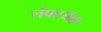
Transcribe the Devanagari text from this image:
लेफ्टबॅक